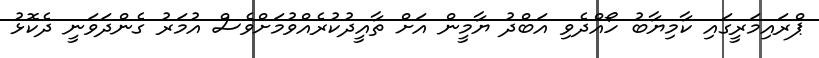
ޕްރައިމަރީގައި ކާމިޔާބު ހޯއްދެވި އަބްދު ޔާމީން އަށް ތާއީދުކުރެއްވުމަށްވެސް އުމަރު ގެންދަވަނީ ދެކޮޅު